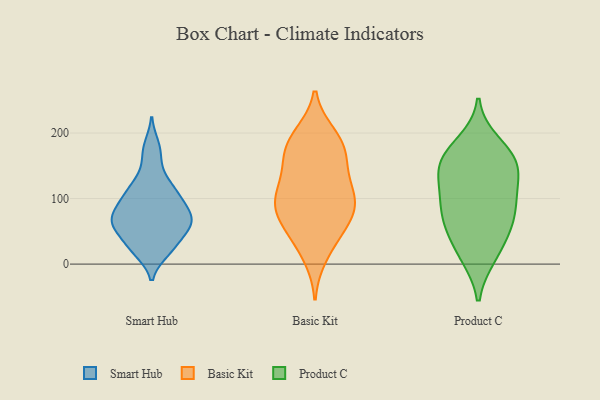
{"axis": {"x": "Market Share (%)", "y": "Value"}, "legend": ["Basic Kit", "Product C", "Smart Hub"], "data": [{"x": "", "y": 165, "type": "Smart Hub"}, {"x": "", "y": 21, "type": "Smart Hub"}, {"x": "", "y": 96, "type": "Smart Hub"}, {"x": "", "y": 34, "type": "Smart Hub"}, {"x": "", "y": 105, "type": "Smart Hub"}, {"x": "", "y": 19, "type": "Smart Hub"}, {"x": "", "y": 120, "type": "Smart Hub"}, {"x": "", "y": 63, "type": "Smart Hub"}, {"x": "", "y": 84, "type": "Smart Hub"}, {"x": "", "y": 110, "type": "Smart Hub"}, {"x": "", "y": 87, "type": "Smart Hub"}, {"x": "", "y": 76, "type": "Smart Hub"}, {"x": "", "y": 63, "type": "Smart Hub"}, {"x": "", "y": 60, "type": "Smart Hub"}, {"x": "", "y": 131, "type": "Smart Hub"}, {"x": "", "y": 62, "type": "Smart Hub"}, {"x": "", "y": 25, "type": "Smart Hub"}, {"x": "", "y": 181, "type": "Smart Hub"}, {"x": "", "y": 55, "type": "Smart Hub"}, {"x": "", "y": 61, "type": "Smart Hub"}, {"x": "", "y": 68, "type": "Basic Kit"}, {"x": "", "y": 61, "type": "Basic Kit"}, {"x": "", "y": 191, "type": "Basic Kit"}, {"x": "", "y": 28, "type": "Basic Kit"}, {"x": "", "y": 161, "type": "Basic Kit"}, {"x": "", "y": 169, "type": "Basic Kit"}, {"x": "", "y": 103, "type": "Basic Kit"}, {"x": "", "y": 111, "type": "Basic Kit"}, {"x": "", "y": 66, "type": "Basic Kit"}, {"x": "", "y": 92, "type": "Basic Kit"}, {"x": "", "y": 54, "type": "Basic Kit"}, {"x": "", "y": 170, "type": "Basic Kit"}, {"x": "", "y": 11, "type": "Basic Kit"}, {"x": "", "y": 198, "type": "Basic Kit"}, {"x": "", "y": 132, "type": "Basic Kit"}, {"x": "", "y": 92, "type": "Basic Kit"}, {"x": "", "y": 104, "type": "Basic Kit"}, {"x": "", "y": 99, "type": "Basic Kit"}, {"x": "", "y": 150, "type": "Basic Kit"}, {"x": "", "y": 194, "type": "Basic Kit"}, {"x": "", "y": 13, "type": "Product C"}, {"x": "", "y": 168, "type": "Product C"}, {"x": "", "y": 139, "type": "Product C"}, {"x": "", "y": 185, "type": "Product C"}, {"x": "", "y": 108, "type": "Product C"}, {"x": "", "y": 154, "type": "Product C"}, {"x": "", "y": 164, "type": "Product C"}, {"x": "", "y": 63, "type": "Product C"}, {"x": "", "y": 92, "type": "Product C"}, {"x": "", "y": 76, "type": "Product C"}, {"x": "", "y": 43, "type": "Product C"}, {"x": "", "y": 150, "type": "Product C"}, {"x": "", "y": 95, "type": "Product C"}, {"x": "", "y": 12, "type": "Product C"}, {"x": "", "y": 59, "type": "Product C"}, {"x": "", "y": 131, "type": "Product C"}]}